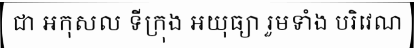
ជា អកុសល ទីក្រុង អយុធ្យា រួមទាំង បរិវេណ